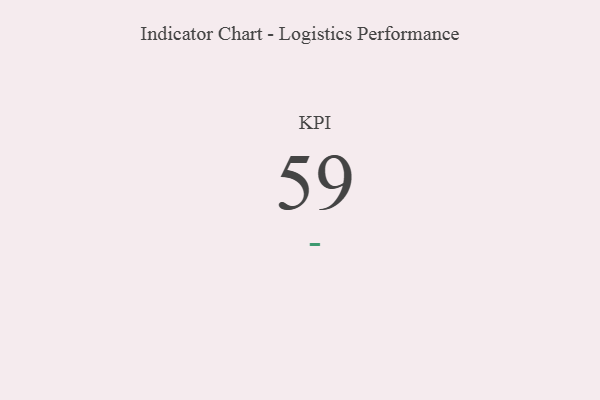
{"axis": {"x": "KPI", "y": "Value"}, "legend": [""], "data": [{"x": "KPI", "y": 59, "type": ""}]}